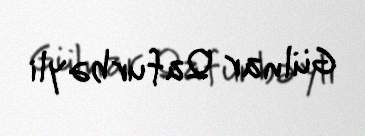
Gülnar Qafurbəyli